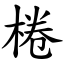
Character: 棬